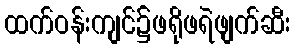
ထက်ဝန်းကျင်၌ဖရိုဖရဲဖျက်ဆီး